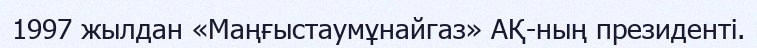
1997 жылдан «Маңғыстаумұнайгаз» АҚ-ның президенті.